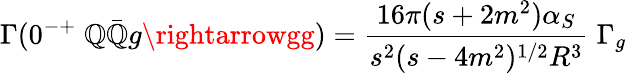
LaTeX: \Gamma(0^{-+}\; \mathbb{Q}\bar{{\mathbb{Q}}}g\rightarrowgg)={\frac{{16\pi(s+2m^{2})\alpha_{S}}}{{s^{2}(s-4m^{2})^{1/2}R^{3}}}}\; \Gamma_{g}